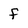
Character: f